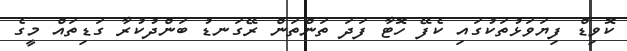
ކޮވިޑް ފިޔަވަޅުތަކުގައި ކެފޭ ހޮޓާ ފަދަ ތަންތަން ރޭގަނޑު ބަންދުކުރާ ގަޑިތައް މީގެ